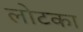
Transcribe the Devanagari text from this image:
लोटका